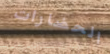
الحضارات